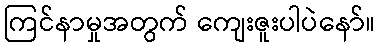
ကြင်နာမှုအတွက် ကျေးဇူးပါပဲနော်။